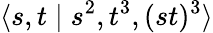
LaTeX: \langle s,t\mid s^{2},t^{3},(st)^{3}\rangle